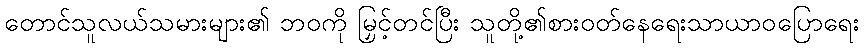
တောင်သူလယ်သမားများ၏ ဘဝကို မြှင့်တင်ပြီး သူတို့၏စားဝတ်နေရေးသာယာဝပြောရေး